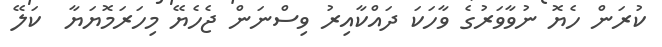
ކުރަން ހެޔޮ ނުވާވަރުގެ ވާހަކަ ދައްކާއިރު ވިސްނަން ޖެހެޔޭ މިހަރަމޮޔަޔާ  ކަލޭ